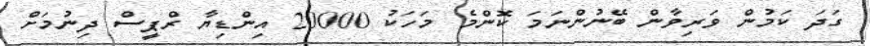
ގަދަ ކަމުން ވަރިވާން ބޭނުންނަމަ ކޮންމެ މަހަކު 20000 އިންޑިޔާ ރްޕީސް ދިނުމަށް